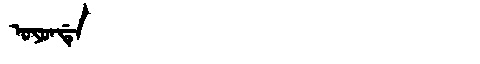
Manchu: ᠣᠶᠣᠨᡩᡝ
Romanization: OYONDE